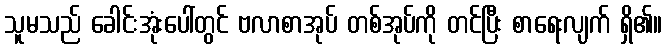
သူမသည် ခေါင်းအုံးပေါ်တွင် ဗလာစာအုပ် တစ်အုပ်ကို တင်ပြီး စာရေးလျက် ရှိ၏။